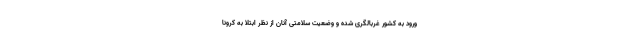
ورود به کشور غربالگری شده و وضعیت سلامتی آنان از نظر ابتلا به کرونا